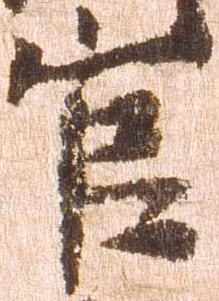
官